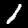
Label: 1